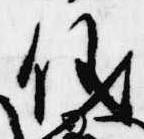
儀